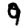
Digit: 9